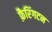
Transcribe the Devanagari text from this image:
फ़ैरिंगटन